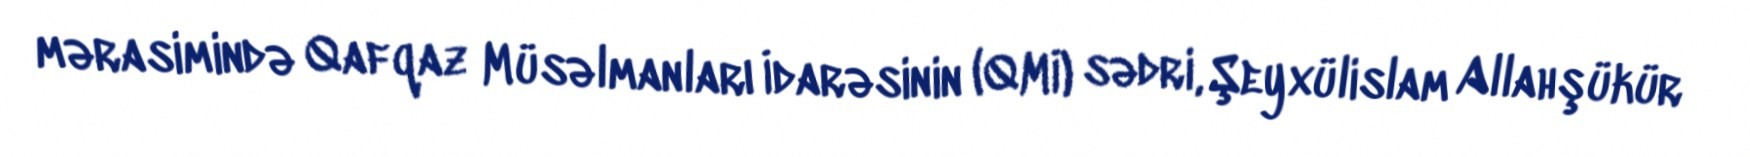
mərasimində Qafqaz Müsəlmanları İdarəsinin (QMİ) sədri, Şeyxülislam Allahşükür